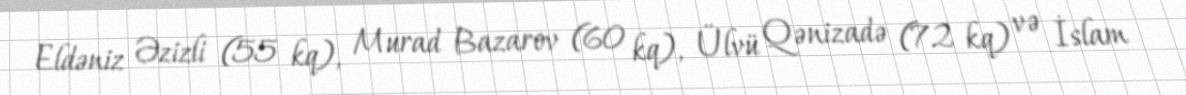
Eldəniz Əzizli (55 kq), Murad Bazarov (60 kq), Ülvü Qənizadə (72 kq) və İslam